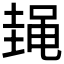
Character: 𱌃